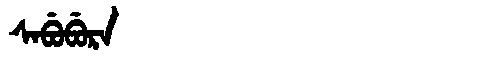
Manchu: ᠰᠠᠪᡠᠪᡠᡵᠠ
Romanization: SABUBURA